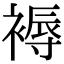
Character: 褥